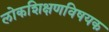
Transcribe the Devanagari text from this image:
लोकशिक्षणविषयक